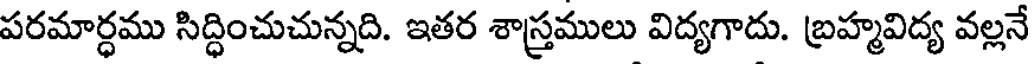
పరమార్ధము సిద్ధించుచున్నది. ఇతర శాస్త్రములు విద్యగాదు. బ్రహ్మవిద్య వల్లనే